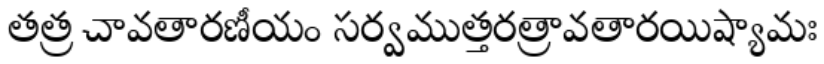
తత్ర చావతారణీయం సర్వముత్తరత్రావతారయిష్యామః